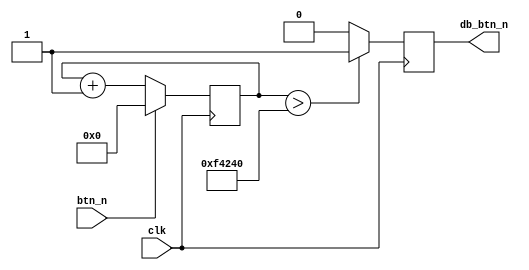
`timescale 1ns / 1ps
//////////////////////////////////////////////////////////////////////////////////
// Company: 
// Engineer: 
// 
// Design Name: 
// Module Name: debounce
// Project Name: 
// Target Devices: 
// Tool Versions: 
// Description: 
// 
// Dependencies: 
// 
// Revision:
// Revision 0.01 - File Created
// Additional Comments:
// 
//////////////////////////////////////////////////////////////////////////////////


module debounce(
    input clk,  // clk 1mhz
    input btn_n,
    output reg db_btn_n
    );
    
    reg [31:0] counter;
    
    always@(posedge clk)
    begin
        if(btn_n) counter <= 0;
        else counter <= counter + 1;
        
        if(counter > 1000000) db_btn_n <= 1; else db_btn_n <= 0;   // btn is stable in 200ms
    end
endmodule